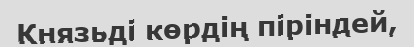
Князьді көрдің піріндей,